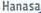
Hanasa